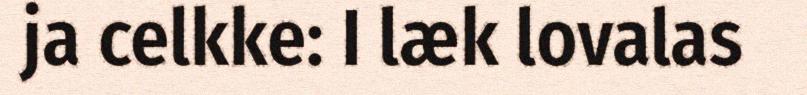
ja celkke: I læk lovalas